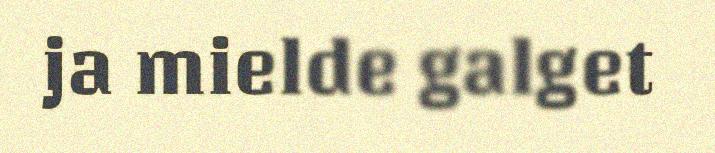
ja mielde galget